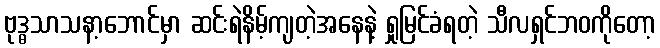
ဗုဒ္ဓသာသနာ့ဘောင်မှာ ဆင်းရဲနိမ့်ကျတဲ့အနေနဲ့ ရှုမြင်ခံရတဲ့ သီလရှင်ဘဝကိုတော့